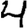
Digit: 4